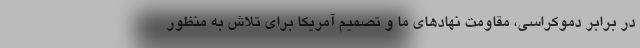
در برابر دموکراسی، مقاومت نهادهای ما و تصمیم آمریکا برای تلاش به منظور